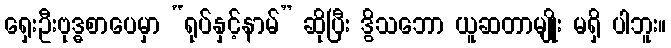
ရှေးဦးဗုဒ္ဓစာပေမှာ “ရုပ်နှင့်နာမ်” ဆိုပြီး ဒွိသဘော ယူဆတာမျိုး မရှိ ပါဘူး။